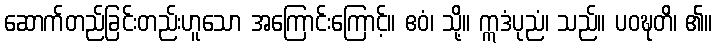
ဆောက်တည်ခြင်းတည်းဟူသော အကြောင်းကြောင့်။ ဧဝံ၊ သို့။ ဣဒံပုညံ၊ သည်။ ပဝဍ္ဎတိ၊ ၏။